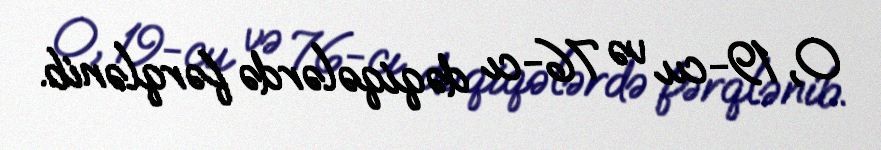
O, 19-cu və 76-cı dəqiqələrdə fərqlənib.